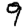
Digit: 9